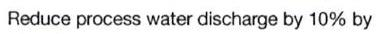
Reduce process water discharge by 10% by